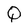
Character: Q